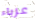
عزباء